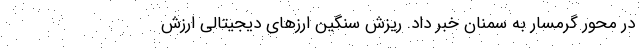
در محور گرمسار به سمنان خبر داد. ریزش سنگین ارزهای دیجیتالی ارزش